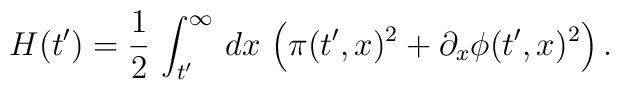
H(t') = {1 \over 2} \, \int_{t'}^{\infty}\, dx\, \left( \pi(t',x)^2 + \partial_x\phi(t',x)^2\right).